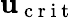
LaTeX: \mathbf{u}_{\mathrm{{~c~r~i~t~}}}